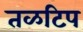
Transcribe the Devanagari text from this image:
तळटिप